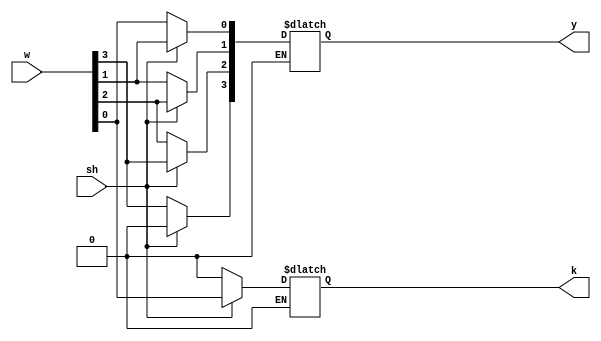
module q_lab7_add3(w, y, sh, k);
input [3: 0]w;
output [3: 0]y;
input sh;
integer i;
output k;
reg k;
reg [3: 0]y;
always @( sh )
	begin
		if(sh == 1)
			begin
				y[3] = 0;
				k = w[0];
				for(i = 0; i < 3; i = i + 1)
					begin
						y[i] = w[i+1];
					end
			end
		else if(sh==0)
			begin
				y=w;
				k=0;
			end
		end
endmodule